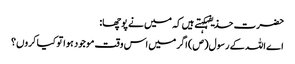
حضرت حذیفہکہتے ہیں کہ میں نے پوچھا:
اے اللہ کے رسول(ص) اگر میں اس وقت موجود ہوا تو کیا کروں؟